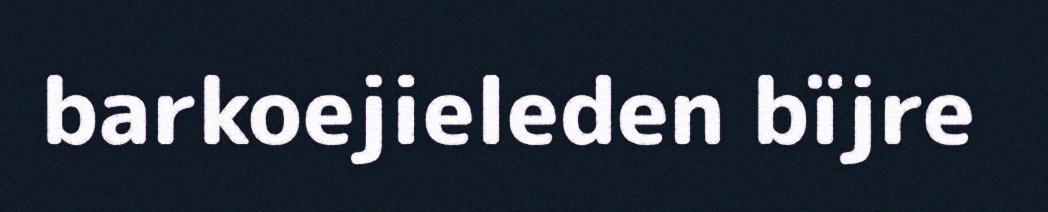
barkoejieleden bïjre